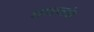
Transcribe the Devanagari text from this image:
शाहजांह